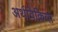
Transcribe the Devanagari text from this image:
अर्थविक्रिया